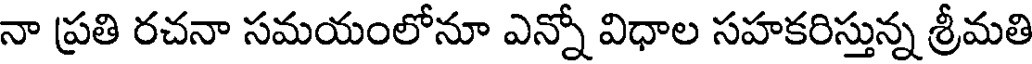
నా ప్రతి రచనా సమయంలోనూ ఎన్నో విధాల సహకరిస్తున్న శ్రీమతి